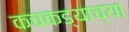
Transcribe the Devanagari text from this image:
कचकड्याच्या